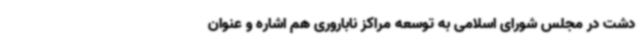
دشت در مجلس شورای اسلامی به توسعه مراکز ناباروری هم اشاره و عنوان